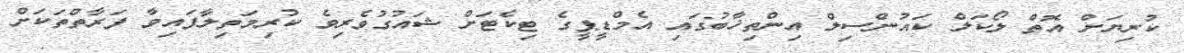
ކުރިޔަށް އޮތް ލޯކަލް ކައުންސިލް އިންތިޚާބުގައި އެމްޑީޕީގެ ޓިކެޓަށް ޝައުގުވެރިވެ ކުރިމަތިލާފައިވާ ފަރާތްތަކަށް